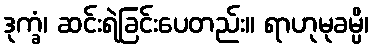
ဒုက္ခံ၊ ဆင်းရဲခြင်းပေတည်း။ ရာဟုမုခမ္ပိ၊